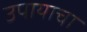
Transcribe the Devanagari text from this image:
उपायाचा